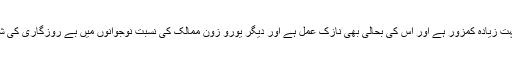
ان کے خیال میں عالمی معیشت بہت زیادہ کمزور ہے اور اس کی بحالی بھی نازک عمل ہے اور دیگر یورو زون ممالک کی نسبت نوجوانوں میں بے روزگاری کی شرح 60 فیصد تک بڑھ چکی ہے۔